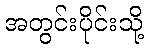
အတွင်းပိုင်းသို့